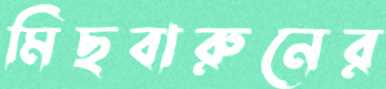
মিছবারুনের